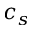
c _ { s }